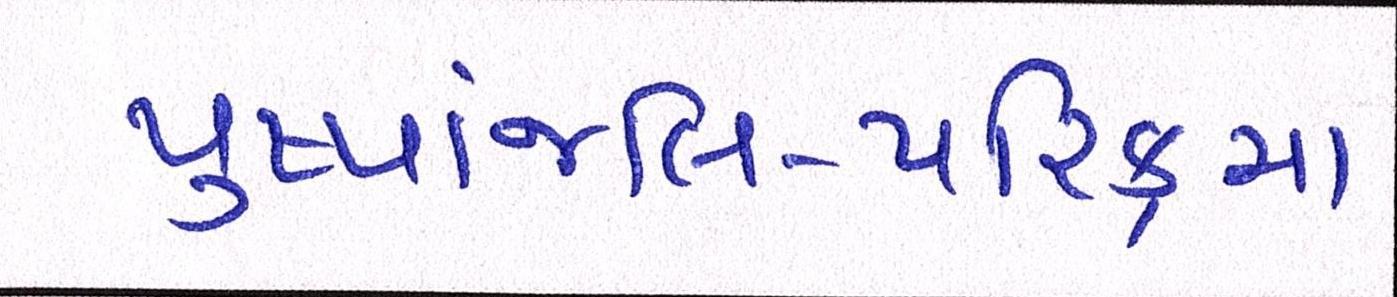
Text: પુષ્પાંજલિ-પરિક્રમા